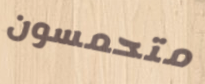
متحمسون